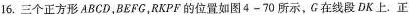
16.三个正方形ABCD，BEFG，RKPF的位置如图4-70所示，G在线段DK上.正